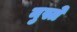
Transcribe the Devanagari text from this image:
नुस्ते